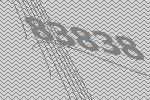
83838